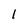
Character: 1